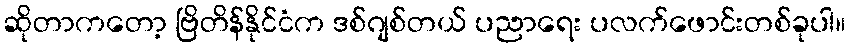
ဆိုတာကတော့ ဗြိတိန်နိုင်ငံက ဒစ်ဂျစ်တယ် ပညာရေး ပလက်ဖောင်းတစ်ခုပါ။